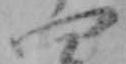
四